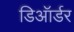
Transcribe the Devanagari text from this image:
डिऑर्डर